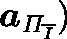
\boldsymbol { a } _ { \mathit { \Pi } _ { \overline { { I } } } } )